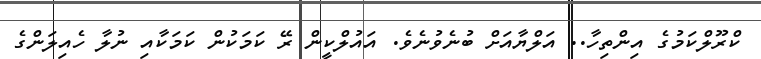
ކްރޫލްކަމުގެ އިންތިހާ.. އަލްޔާއަށް ބުނެވުނެވެ. އައުލްކީން ރޭ ކަމަކުން ކަމަކާއި ނުލާ ހެއިލަންގެ